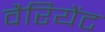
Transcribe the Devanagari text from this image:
वैरियेंट